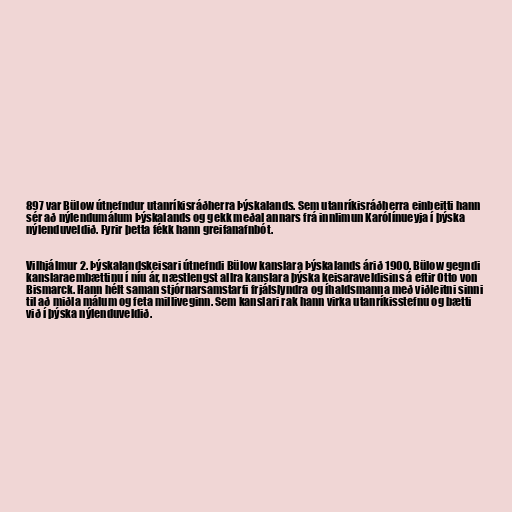
897 var Bülow útnefndur utanríkisráðherra Þýskalands. Sem utanríkisráðherra einbeitti hann
sér að nýlendumálum Þýskalands og gekk meðal annars frá innlimun Karólínueyja í þýska
nýlenduveldið. Fyrir þetta fékk hann greifanafnbót.

Vilhjálmur 2. Þýskalandskeisari útnefndi Bülow kanslara Þýskalands árið 1900. Bülow gegndi
kanslaraembættinu í níu ár, næstlengst allra kanslara þýska keisaraveldisins á eftir Otto von
Bismarck. Hann hélt saman stjórnarsamstarfi frjálslyndra og íhaldsmanna með viðleitni sinni
til að miðla málum og feta milliveginn. Sem kanslari rak hann virka utanríkisstefnu og bætti
við í þýska nýlenduveldið.